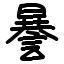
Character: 謈